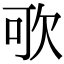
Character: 㰤